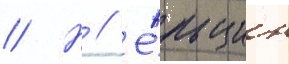
// Н // Е́льцин